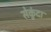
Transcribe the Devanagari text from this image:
सेकुंदा